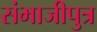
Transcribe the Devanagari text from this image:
संभाजीपुत्र